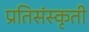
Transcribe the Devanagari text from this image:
प्रतिसंस्कृती